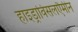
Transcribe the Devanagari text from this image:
हाइड्राविसलएैमीन